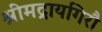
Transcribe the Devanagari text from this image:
श्रीमद्रायगिरौ